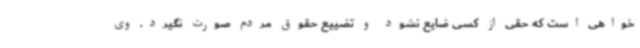
خواهی است که حقی از کسی ضایع نشود و تضییع حقوق مردم صورت نگیرد. وی